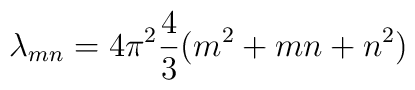
\lambda_{mn} = 4\pi^2 {4\over 3} (m^2 + mn + n^2)